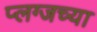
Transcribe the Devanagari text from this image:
प्लग्जच्या